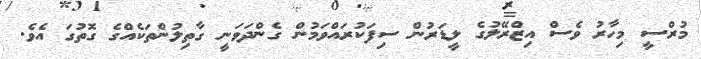
މުރްސީ މިހާރު ވެސް އިޒްރޭލުގެ ލީޑަރުން ސިފަކުރައްވަމުން ގެންދަވަނީ ގާތިލުންތަކެއްގެ ގޮތުގަ އެވެ.